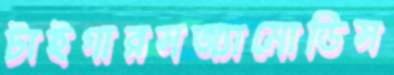
টাইগারসঅ্যামোডিস